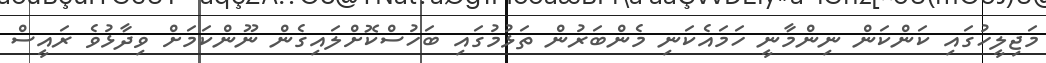
މަޖިލީހުގައި ކަންކަން ނިންމާނީ ހަމައެކަނި މެންބަރުން ތަޅުމުގައި ބަހުސްކޮށްލައިގެން ނޫންކަމަށް ވިދާޅުވެ ރައީސް